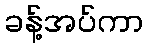
ခန့်အပ်ကာ